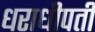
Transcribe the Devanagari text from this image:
धराधीपती